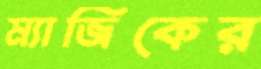
ম্যাজিকের